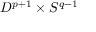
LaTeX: D ^ { p + 1 } \times S ^ { q - 1 }